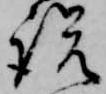
説